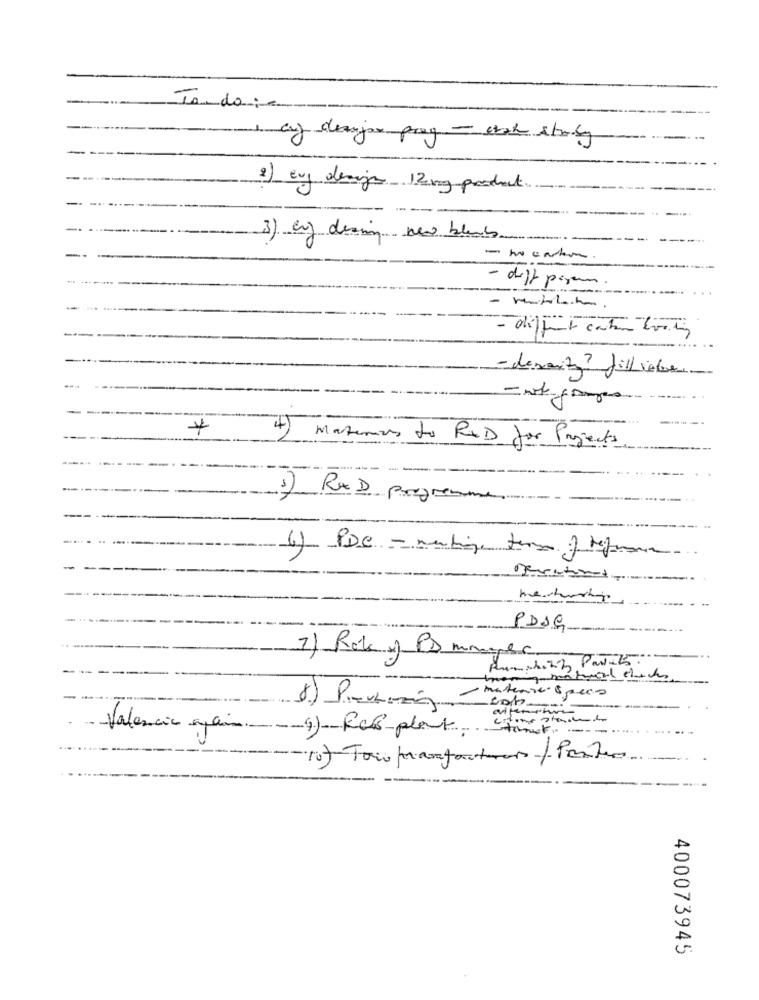
To do:c
1 ay deayer prog - och story
2) evy design 12mg product
3) by desing new blends
- diffet cater toits
- devarity? filliebe.
4) Matemos to RXD for Projects
1) RXD programme
PDSG
7) Rok of PD manger
ig mentwird click
....
materie specs
Valencia again - - 9)- RCP plant.
Stock- ----
400073945